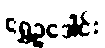
ရွှေဥဒေါင်း